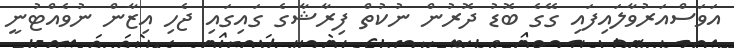
އަވަސްއަރުވާލައިފައި ގޭގެ ބޮޑު ދޮރުން ނުކުތް ފިރާޝާގެ ގައިގައި ޖެހި އިޒާން ނުވެއްޓުނީ